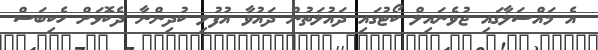
އެ މައްސަލާގައި ޖުވެނައިލް ކޯޓުގައި ދައުލަތުން ދައުވާ އުފުލި ކުދިންނާ ދެކޮޅަށް ހެކިބަސް